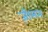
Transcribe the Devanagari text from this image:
ज़ीमन